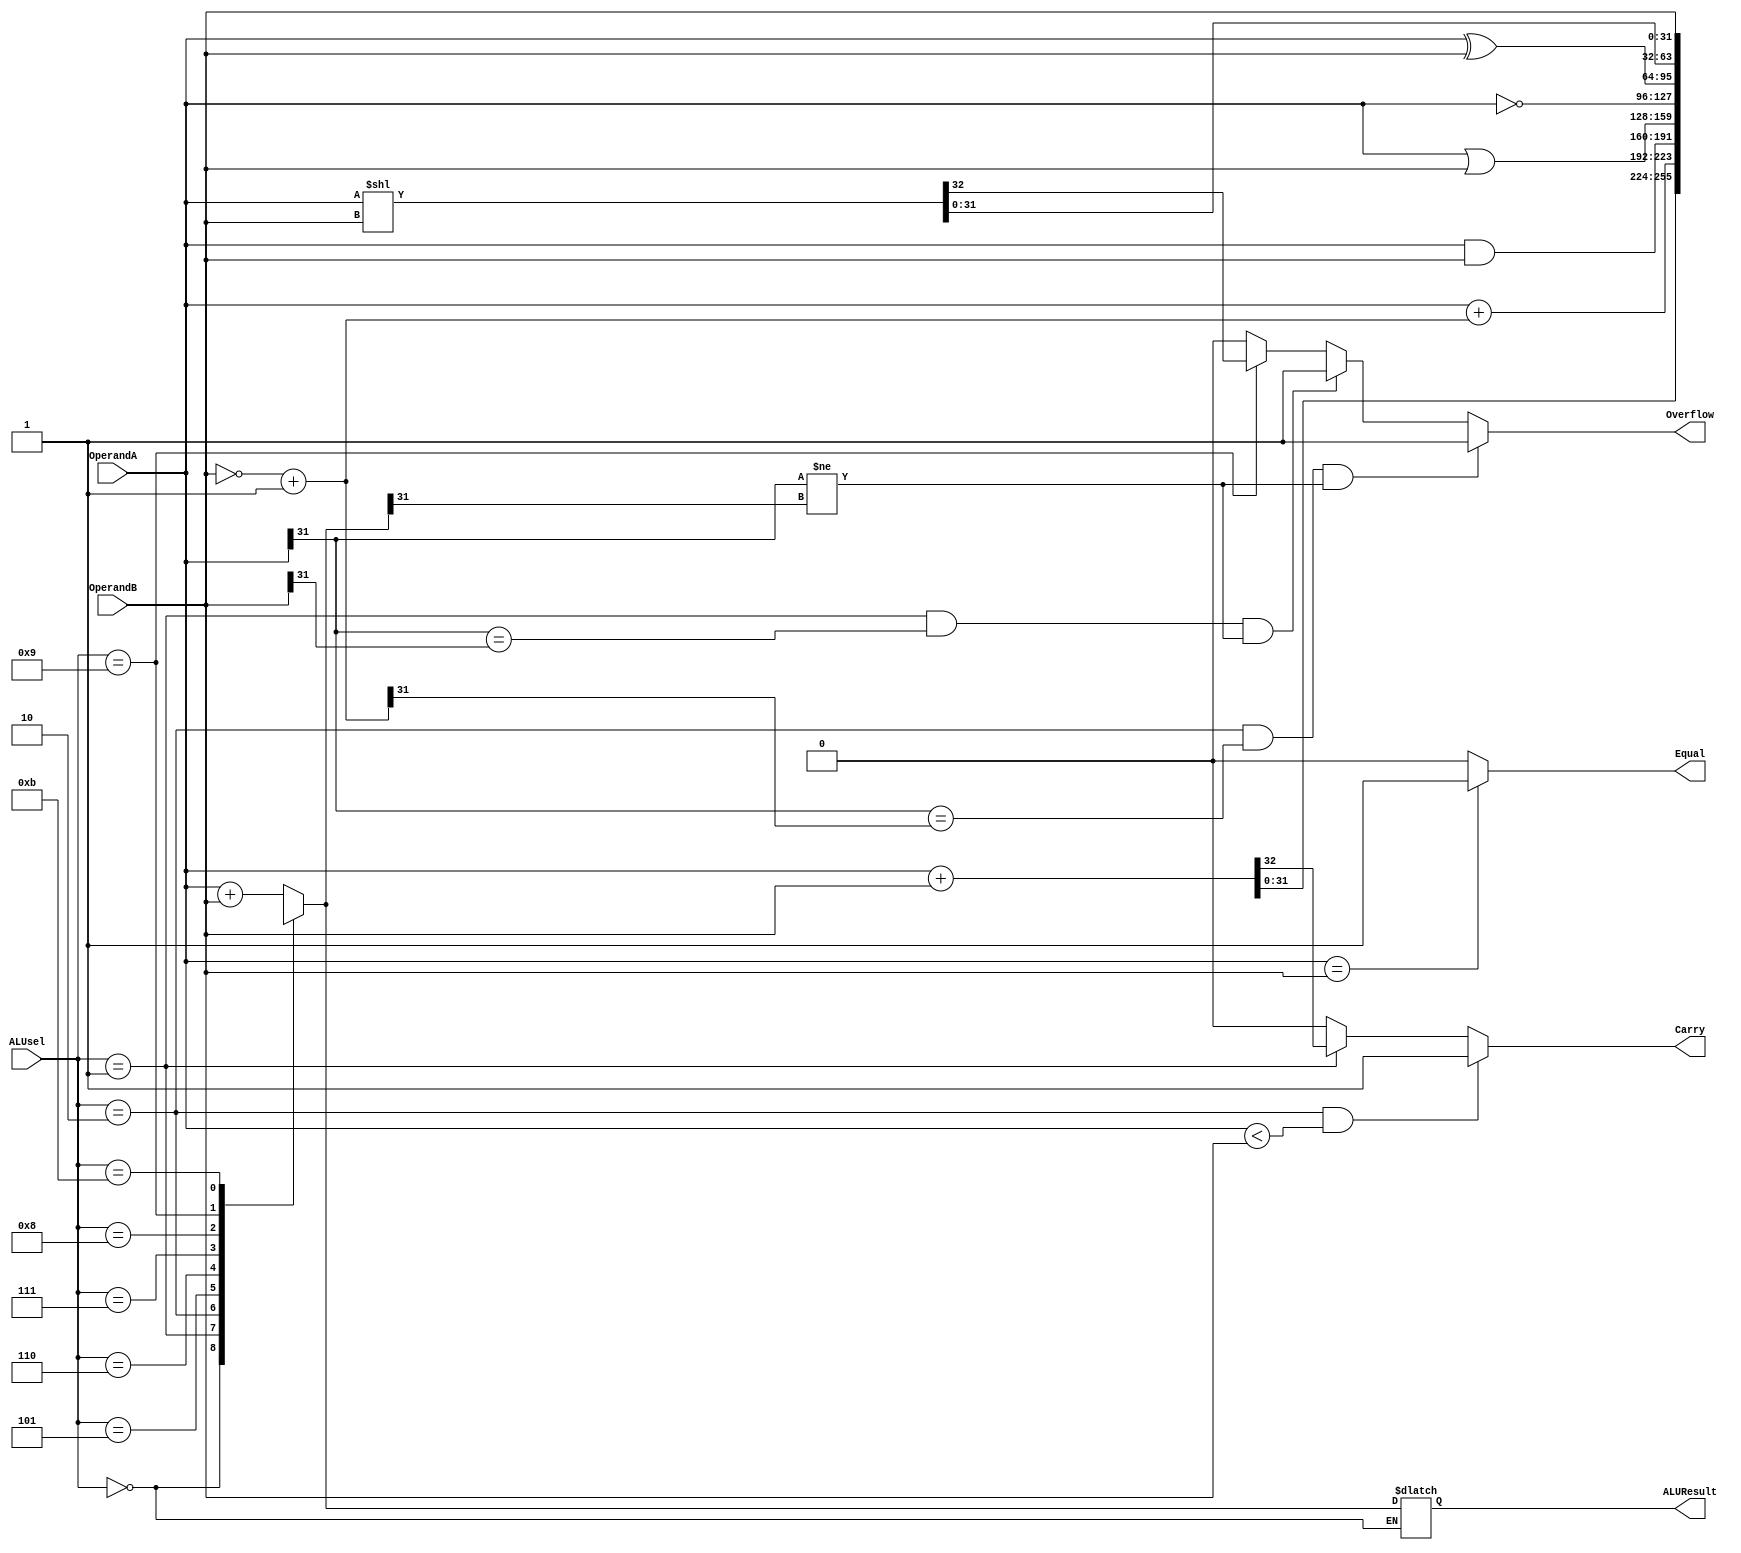
`timescale 1ns / 1ps
//////////////////////////////////////////////////////////////////////////////////
// Company: 
// Engineer: 
// 
// Design Name: 
// Module Name: ALU32bit
// Project Name: 
// Target Devices: 
// Tool Versions: 
// Description: 
// 
// Dependencies: 
// 
// Revision:
// Revision 0.01 - File Created
// Additional Comments:
// 
//////////////////////////////////////////////////////////////////////////////////


module ALU32bit(
    input [31:0] OperandA,
    input [31:0] OperandB,
    input [3:0] ALUsel,
    output wire [31:0] ALUResult,
    output reg Overflow,
    output reg Equal,
    output reg Carry
    );
    
    reg [31:0] ALUout;
    assign ALUResult = ALUout;
    reg [31:0] negOperandB;
    
    always @(*)
    begin 
        Overflow = 0;
        Equal = 0;
        Carry = 0;

        if (OperandA == OperandB) Equal = 1;

        negOperandB = ~OperandB + 1;

        case(ALUsel)
        4'b0000:
            ALUout = ALUout;
        4'b0001:
            {Carry, ALUout} = OperandA + OperandB;
        4'b0010:
            ALUout = OperandA + negOperandB;
        4'b0101:
            ALUout = OperandA & OperandB;
        4'b0110:
            ALUout = OperandA | OperandB;
        4'b0111:
            ALUout = ~OperandA;
        4'b1000:
            ALUout = OperandA ^ OperandB;
        4'b1001:
            {Overflow, ALUout} = OperandA << OperandB;
        4'b1011:
            ALUout = OperandB;
        default:
            ALUout = OperandA + OperandB;
        endcase

        if (ALUsel == 4'b0001 && OperandA[31] == OperandB[31] && OperandA[31] != ALUout[31]) Overflow = 1;
        if (ALUsel == 4'b0010 && OperandA[31] == negOperandB[31] && OperandA[31] != ALUout[31]) Overflow = 1;
        if (ALUsel == 4'b0010 && OperandA < OperandB) Carry = 1;
    end
endmodule